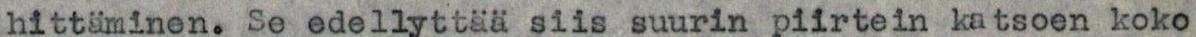
hittäminen. Se edellyttää siis suurin piirtein katsoen koko